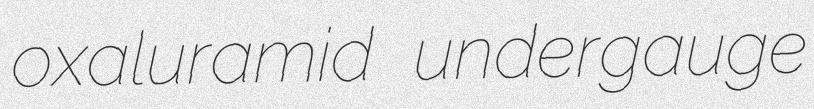
oxaluramid undergauge